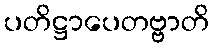
ပတိဋ္ဌာပေတဗ္ဗာတိ